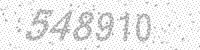
Solution: 548910